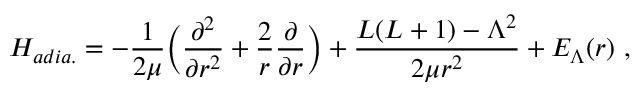
H _ { a d i a . } = - { \frac { 1 } { 2 \mu } } \bigg ( { \frac { \partial ^ { 2 } } { \partial r ^ { 2 } } } + { \frac { 2 } { r } } { \frac { \partial } { \partial r } } \bigg ) + { \frac { L ( L + 1 ) - \Lambda ^ { 2 } } { 2 \mu r ^ { 2 } } } + E _ { \Lambda } ( r ) \ ,